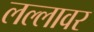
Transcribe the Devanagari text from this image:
लल्लावर